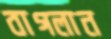
বাগলান